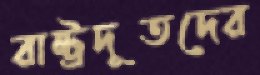
রাষ্ট্রদূতদের